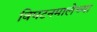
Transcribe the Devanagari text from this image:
विघटनमालेच्या